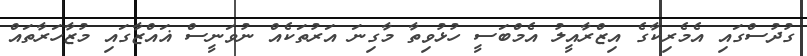
ގުދުސްގައި އެމެރިކާގެ އިޒްރާއީލު އެމްބަސީ ހުޅުވިތާ މާގިނަ އަރުތަކެއް ނުވަނީސް ޣައްޒާގައި މުޒާހަރާތައް